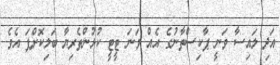
އަދި ލައިސާ ވަނީ ޕާކިސްތާނުގެ އެއް ވަނަ ޓީޓީ ކުޅުންތެރިޔާ ބަލިކޮށްފަ އެވެ.